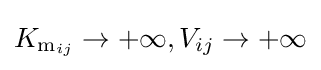
K_{\mathrm {m} _{ij}}\rightarrow +\infty ,V_{ij}\rightarrow +\infty